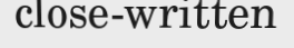
close-written